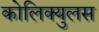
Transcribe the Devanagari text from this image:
कोलिक्युलस